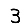
Digit: 3